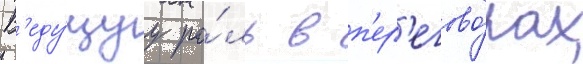
В'еду́щуу ро́ль в п'ер'егово́рах